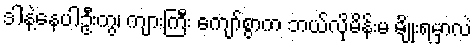
ဒါနဲ့နေပါဦးကွ၊ ကျားကြီး ကျော်စွာက ဘယ်လိုမိန်းမ မျိုးရမှာလဲ